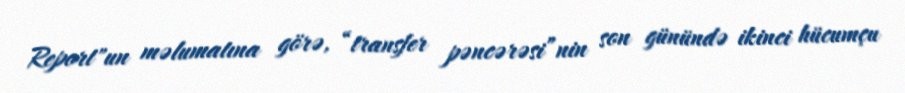
Report"un məlumatına görə, “transfer pəncərəsi”nin son günündə ikinci hücumçu